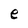
Character: e